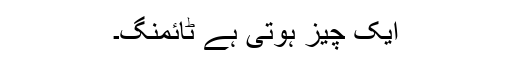
ایک چیز ہوتی ہے ٹائمنگ۔